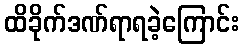
ထိခိုက်ဒဏ်ရာရခဲ့ကြောင်း